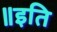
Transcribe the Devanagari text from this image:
॥इति